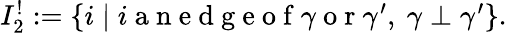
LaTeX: \begin{array}{r}{I_{2}^{!}:=\{ i\mid i\mathrm{~a~n~e~d~g~e~o~f~}\gamma\mathrm{~o~r~}\gamma^{\prime},\ \gamma\perp\gamma^{\prime}\} .}\end{array}